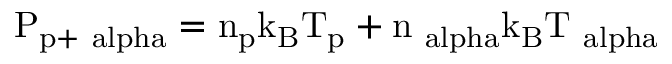
\mathrm { P _ { p + \ a l p h a } = n _ { p } k _ { B } T _ { p } + n _ { \ a l p h a } k _ { B } T _ { \ a l p h a } }